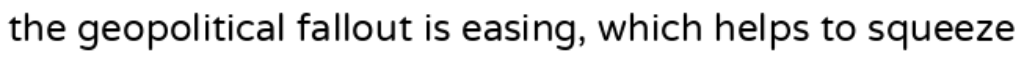
the geopolitical fallout is easing, which helps to squeeze